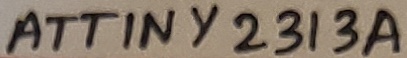
Text: ATTINY2313A